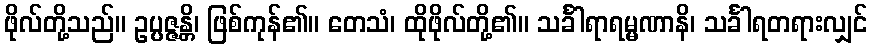
ဖိုလ်တို့သည်။ ဥပ္ပဇ္ဇန္တိ၊ ဖြစ်ကုန်၏။ တေသံ၊ ထိုဖိုလ်တို့၏။ သင်္ခါရာရမ္မဏာနိ၊ သင်္ခါရတရားလျှင်